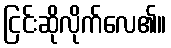
ငြင်းဆိုလိုက်လေ၏။